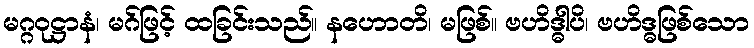
မဂ္ဂဝုဋ္ဌာနံ၊ မဂ်ဖြင့် ထခြင်းသည်။ နဟောတိ၊ မဖြစ်။ ဗဟိဒ္ဓါပိ၊ ဗဟိဒ္ဓဖြစ်သော